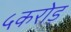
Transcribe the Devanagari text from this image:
५करोड़